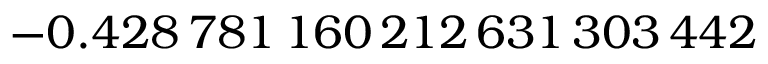
- 0 . 4 2 8 \, 7 8 1 \, 1 6 0 \, 2 1 2 \, 6 3 1 \, 3 0 3 \, 4 4 2